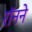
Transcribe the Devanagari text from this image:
रॉनने